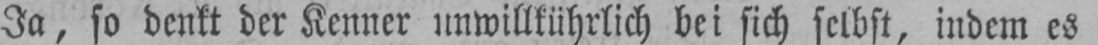
Ja, so denkt der Kenner unwillkührlich bei sich selbst, indem es